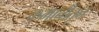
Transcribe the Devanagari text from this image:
कमानींतून